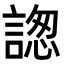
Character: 𧩪